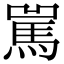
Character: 𩡿